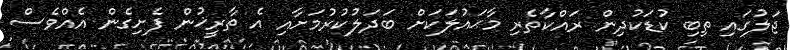
ޖަލުގައި ތިބި ކުޑަކުދިން ރައްކާތެރި މާޙައުލަކަށް ބަދަލުކުރުމަށާއި އެ ތާރީޚުން ފެށިގެން އެއްވެސް